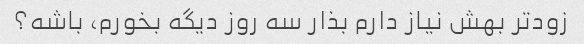
زودتر بهش نیاز دارم بذار سه روز دیگه بخورم، باشه؟